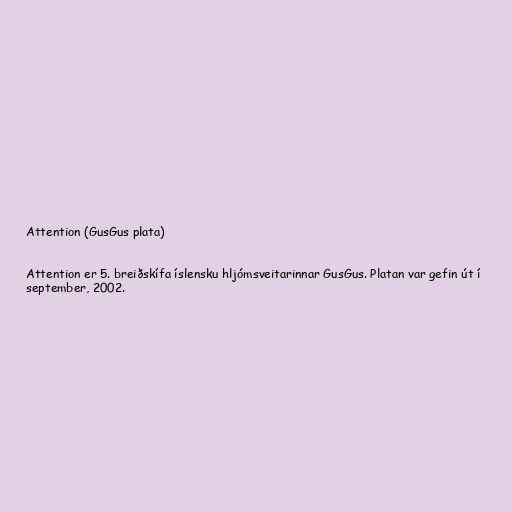
Attention (GusGus plata)

Attention er 5. breiðskífa íslensku hljómsveitarinnar GusGus. Platan var gefin út í
september, 2002.